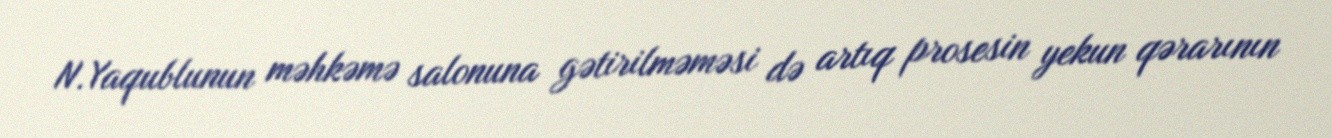
N.Yaqublunun məhkəmə salonuna gətirilməməsi də artıq prosesin yekun qərarının